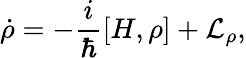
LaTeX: \dot{\rho}=-\frac{i}{\hbar}[H,\rho]+\mathcal{L}_{\rho},